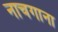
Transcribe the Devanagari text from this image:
नाचगाना